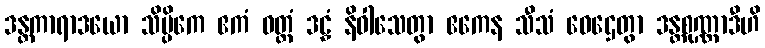
ဒန္တကာရာဒယော သိပ္ပိကေ ဧကံ ဝတ္ထံ ဒဠှံ နိဝါသေတွာ ဧကေန သီသံ ဝေဌေတွာ ဒန္တစုဏ္ဏာဒီဟိ